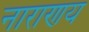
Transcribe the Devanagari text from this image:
नाराणय